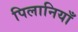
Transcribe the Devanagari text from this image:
पिलानियाँ